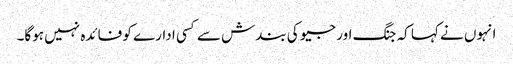
انہوں نے کہا کہ جنگ اور جیو کی بندش سے کسی ادارے کو فائدہ نہیں ہوگا۔